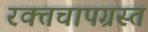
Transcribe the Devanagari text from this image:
रक्तचापग्रस्त